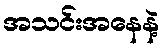
အသင်းအနေနဲ့